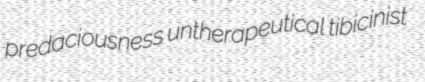
predaciousness untherapeutical tibicinist